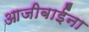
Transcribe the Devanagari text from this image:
आजीबाईंना